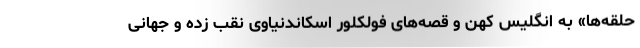
حلقه‌ها» به انگلیس کهن و قصه‌های فولکلور اسکاندنیاوی نقب زده و جهانی